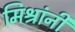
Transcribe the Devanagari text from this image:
मिश्रांनी